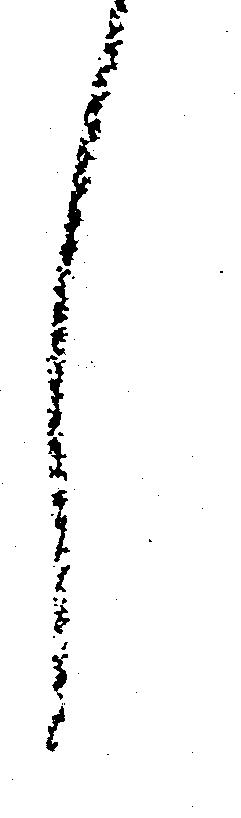
し